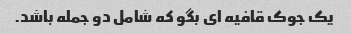
یک جوک قافیه ای بگو که شامل دو جمله باشد.